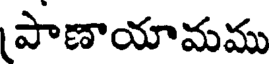
(పాణాయామము